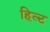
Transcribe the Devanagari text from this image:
हिल्ट